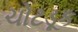
ચોટડૂક